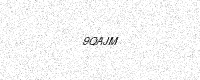
Text: 9QAJM